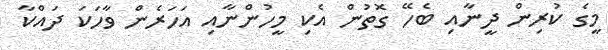
މީގެ ކުރިން ދީނާއި ބެހޭ ގޮތުން އެކި މީހުންނާއި އަހަރެން ވާހަކަ ދައްކާ